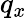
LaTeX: q_{x}